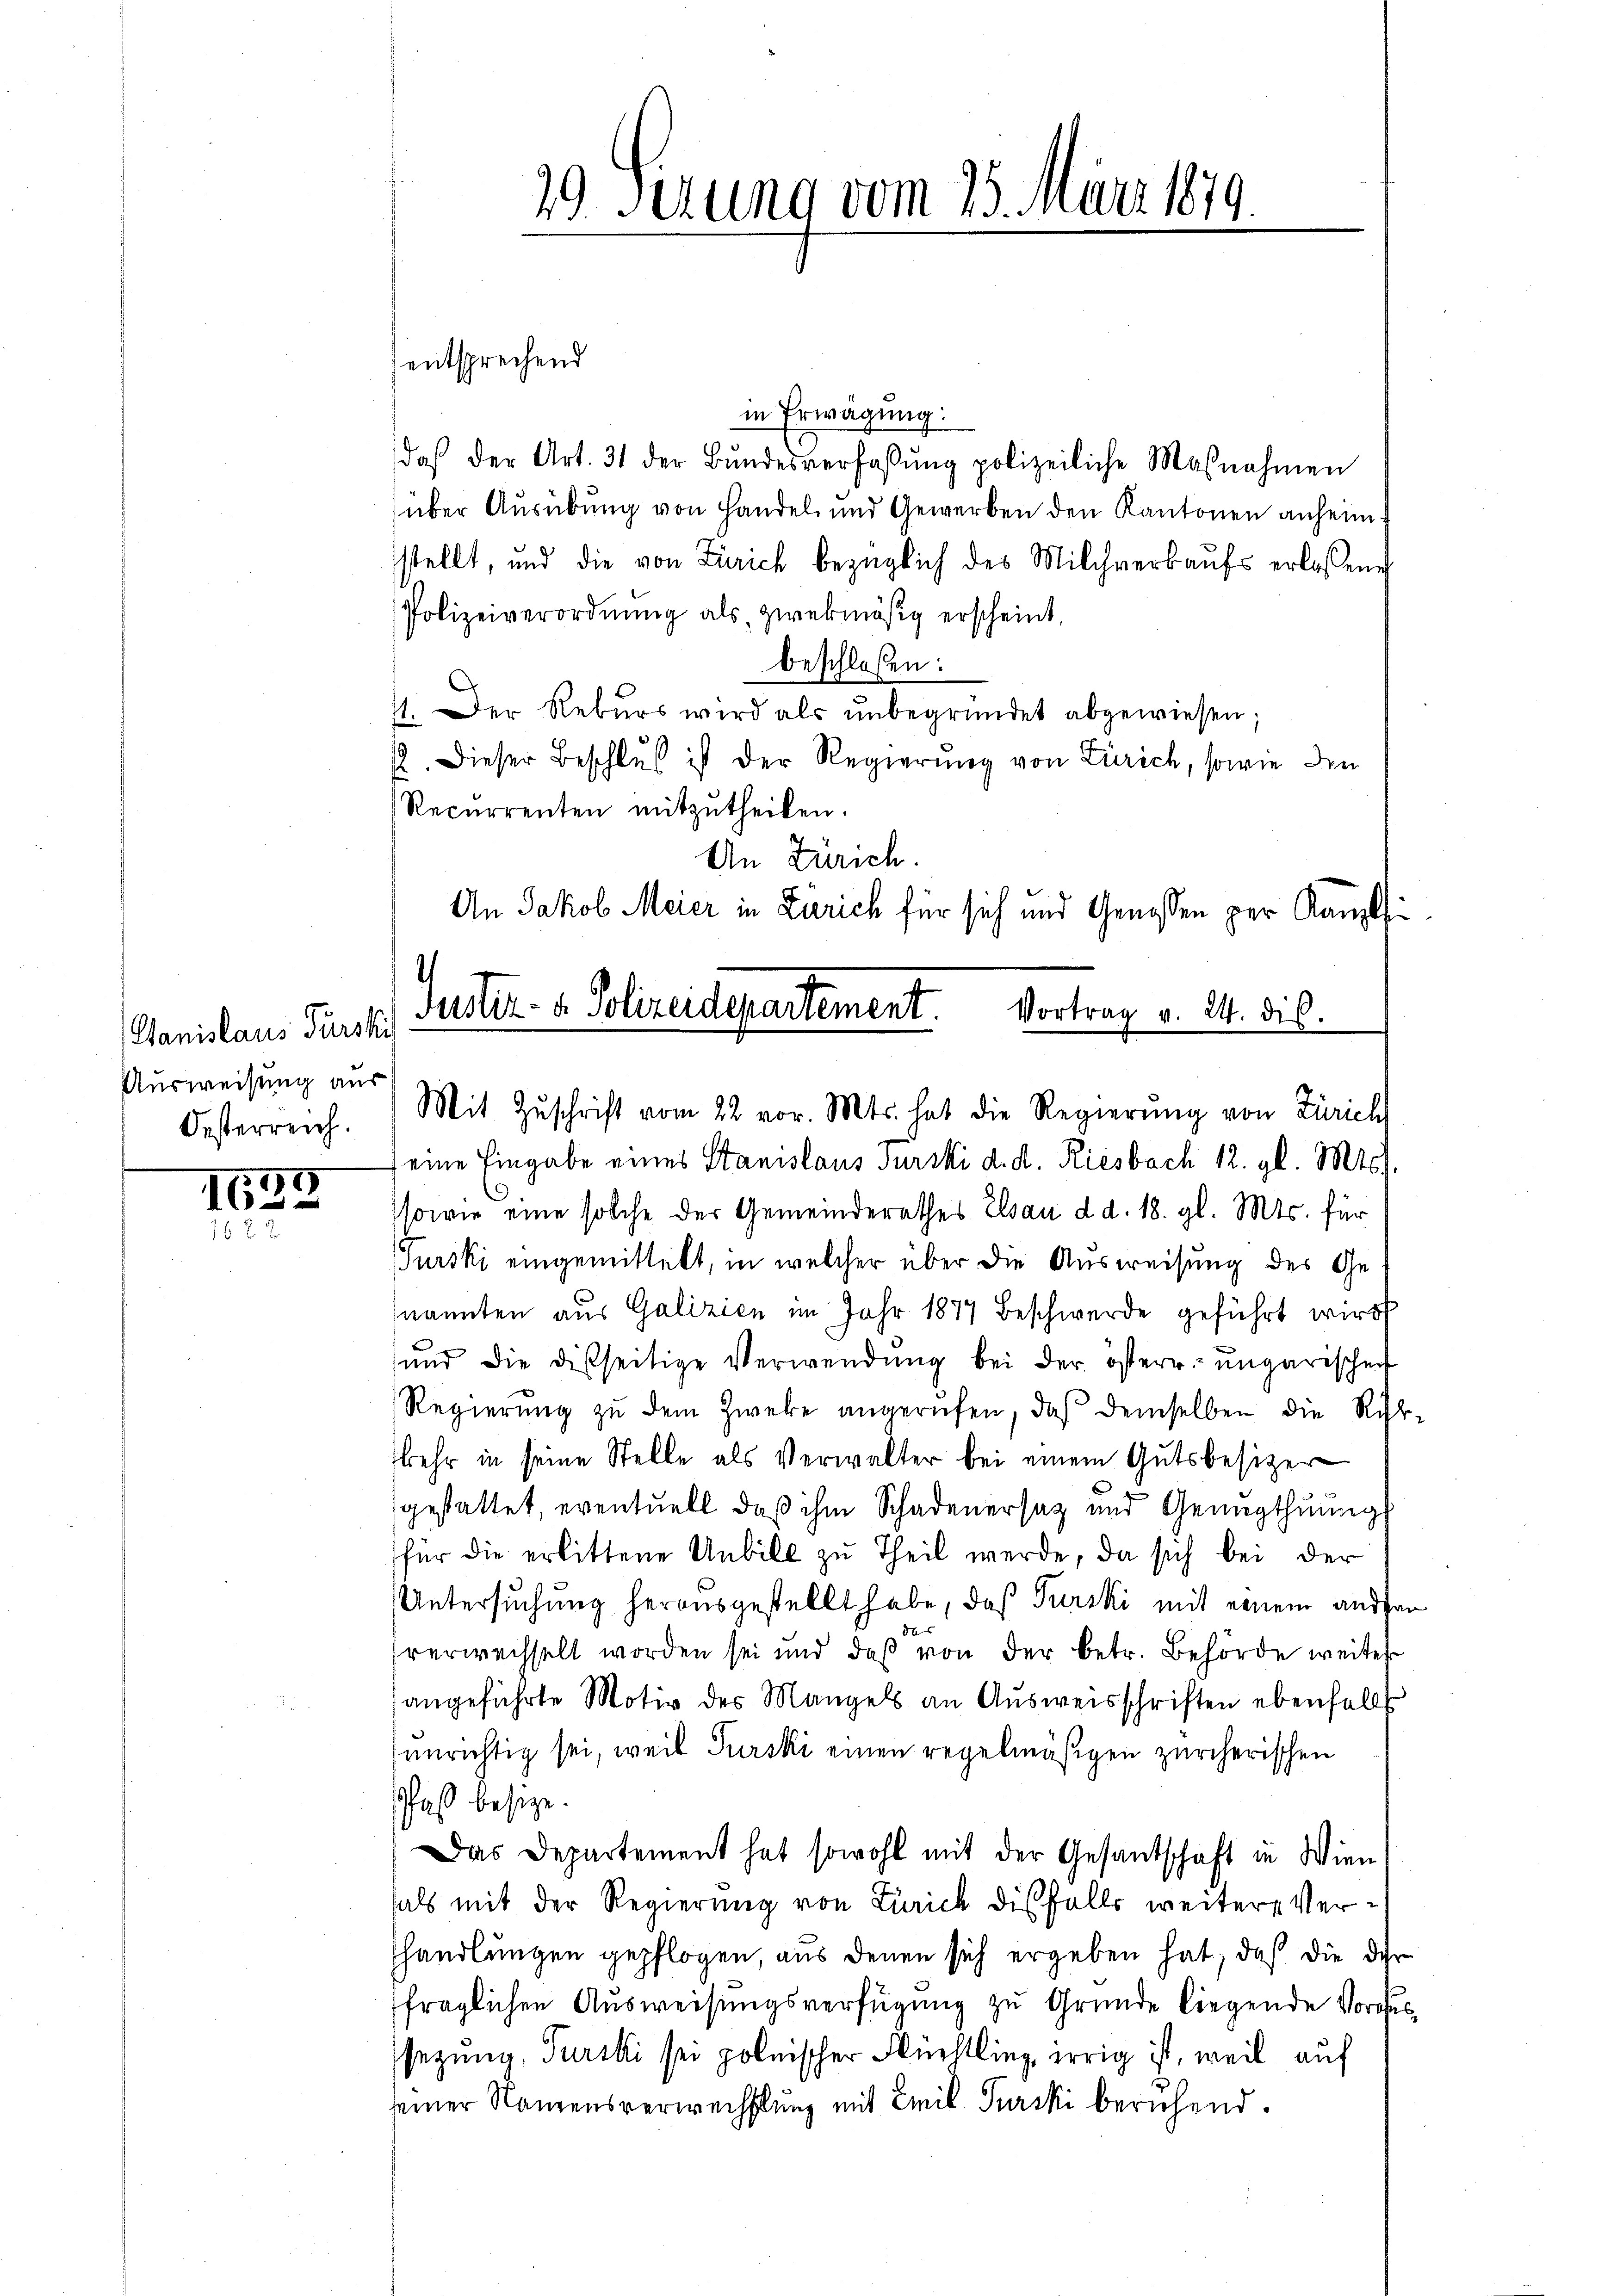
Stanislaus Fürski
Ausweisung aus
Oesterreich.

57
160

entsprechend
in Erwägung:
daβ der Art. 31 der Bŭndesverfassŭng polizeiliche Maβnahmen
über Ausübung von Handel und Gewerben den Kantonen anheim
stellt, und die von Zürich bezüglich des Milchverkaŭfs erlassene
Polizeiverordnŭng als zwekmäsig erscheint,
beschloßen:
1. Der Rekŭrs wird als ŭnbegründet abgewiesen;
. Dieser Beschluß ist der Regierung von Zürich, sowie den
Recurrenten mitzutheilen.
An Zürich.
Mit Zŭschrift vom 22. vor. Mts. hat die Regierŭng von Zürich
eine Eingabe eines Stanislaus Furski d. d. Riesbach 12. gl. Mts.
sowie eine solche der Gemeinderathes Elsau d. d. 18. gl. Mts. für
urski eingemittelt, in welcher über die Ausweisung des Genannten aus Galizien im Jahr 1877 beschwerde geführt wird
ŭnd die disseitige Verwendŭng bei der österr. ungarischen
Regierŭng zu dem Zweke angerufen, daß demselben die Rich
kehr in seine Stelle als Verwalter bei einem Gutsbesizer
gestattet, eventuell, daß ihm Schadenersatz und Genugthuung
für die erlittene Unbill zu Theil werde, da sich bei der
Untersuchung herausgestellt habe, daß Furski mit einem ander
hverweisselt worden sei und daß von der betr. Behörde weiterangeführte Motiv des Mangels an Ausweisschriften ebenfalls
unrichtig sei, weil Purski einen regelmäßigen zürcherischen
fast besize.
Das Departement hat sowohl mit der Gesandtschaft in Wien
hals mit der Regierung von Zürich diesfalls weitere Verhandlungen gepflogen, aus denen sich ergeben hat, daß die der
fraglichen Ausweisungsverfügung zu Grunde liegende Vorau
sezung, Turski sei polnischer Flüchtling irrig ist, weil auf
seiner Namensverwechslung mit Emil Turcki beruhend.

29. Serung vom 25. März 1879.

An Jakob Meier in Zürich für sich und Genossen per Kanzl
1
Puster- u. Polizeidepartement.
Vortrag v. 24. dis.